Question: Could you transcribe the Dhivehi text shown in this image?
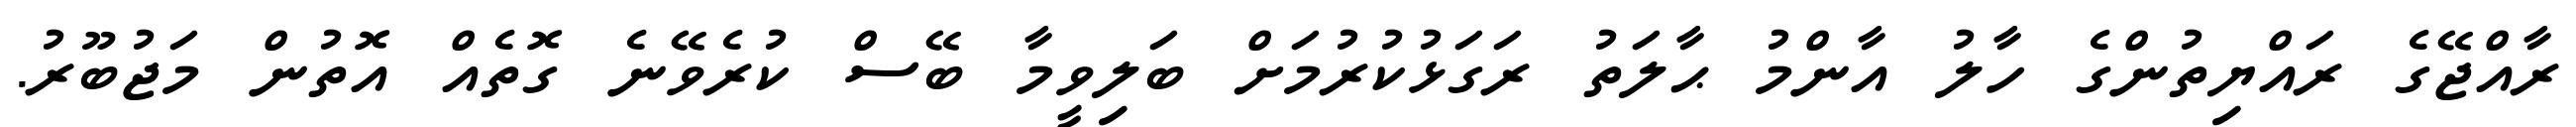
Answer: ރާއްޖޭގެ ރައްޔިތުންގެ ހާލު އާންމު ޙާލަތު ރަގަޅުކުރުމަށް ބަލިވީމާ ބޭސް ކުރެވޭނެ ގޮތެއް އޮތުން މަޖުބޫރު.